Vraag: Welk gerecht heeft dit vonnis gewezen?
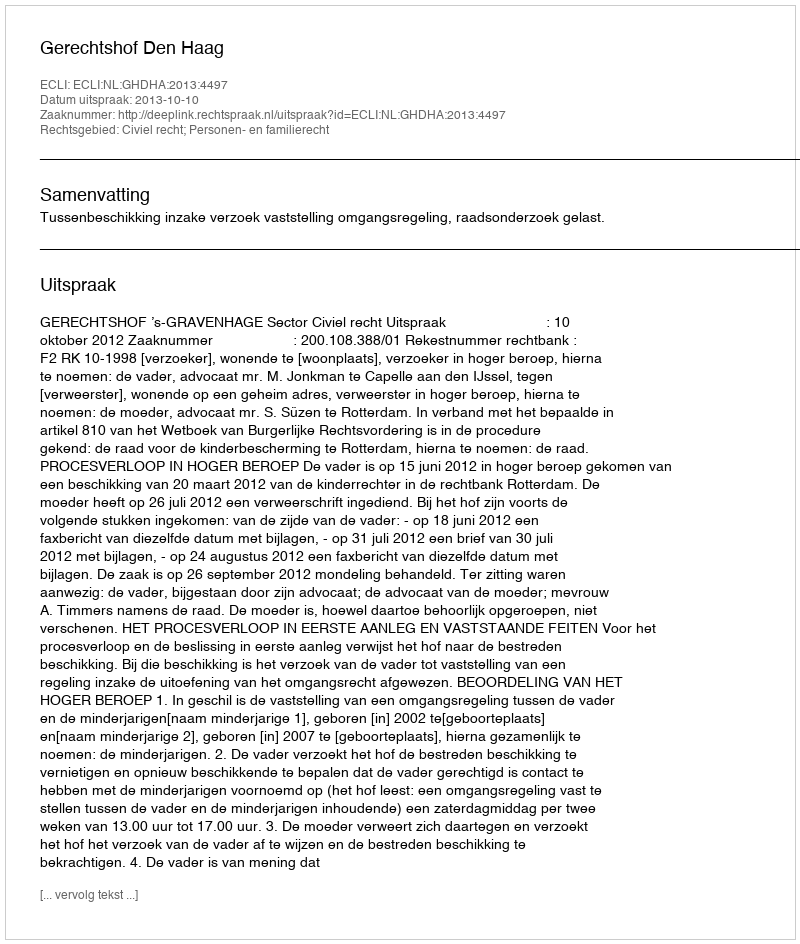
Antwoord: Gerechtshof Den Haag